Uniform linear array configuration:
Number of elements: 48
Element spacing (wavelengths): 0.5
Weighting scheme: uniform
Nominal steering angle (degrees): -60
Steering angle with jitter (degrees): -61.66
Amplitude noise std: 0.05
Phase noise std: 0.05

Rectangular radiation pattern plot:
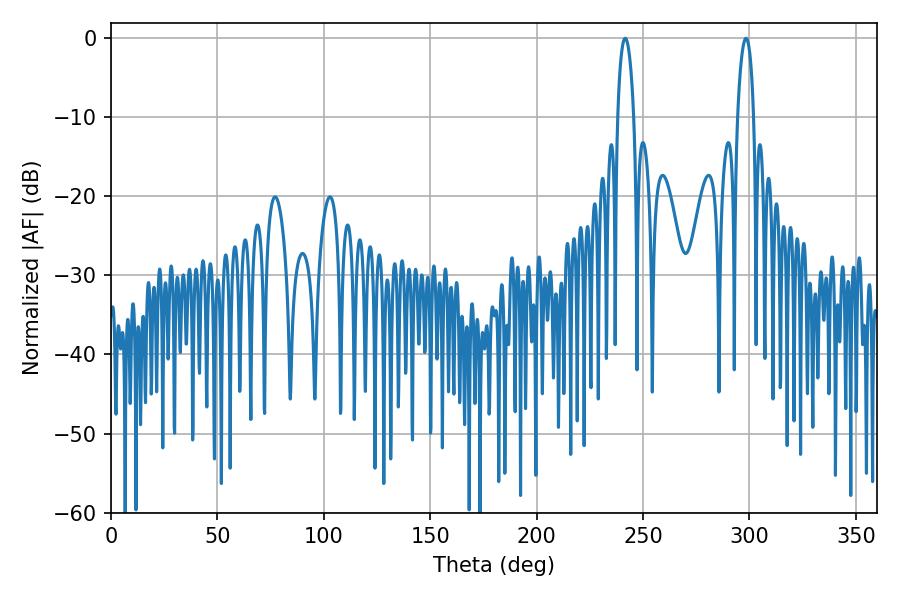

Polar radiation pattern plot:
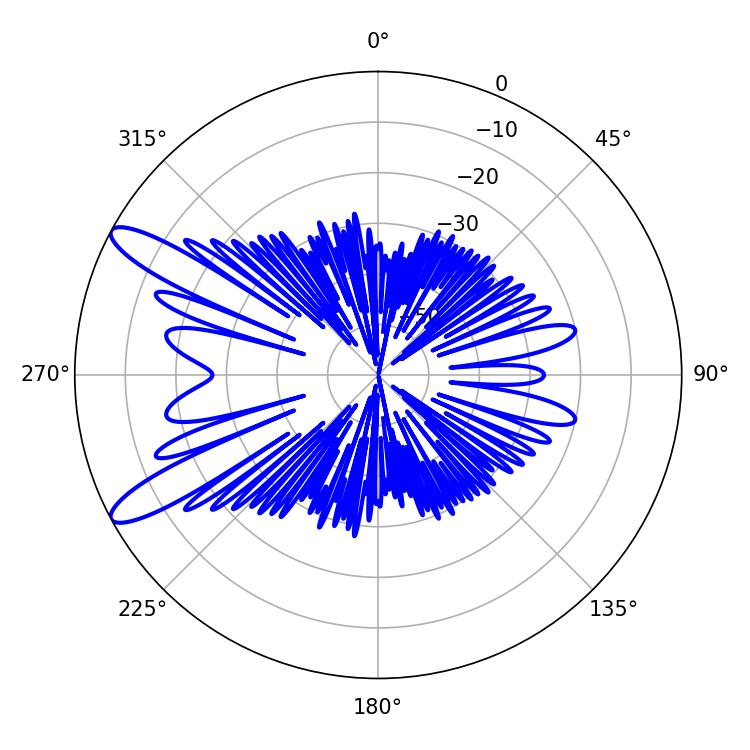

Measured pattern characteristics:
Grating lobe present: FALSE
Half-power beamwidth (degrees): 4.32
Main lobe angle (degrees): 241.56